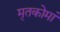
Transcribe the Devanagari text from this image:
मृतकोमां